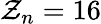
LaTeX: \mathcal{Z}_{n}=16